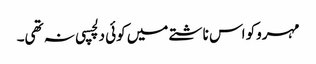
مہروکو اس ناشتے میں کوئی دلچسپی نہ تھی۔